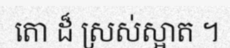
តោ ដ៏ ស្រស់ស្អាត ។